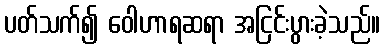
ပတ်သက်၍ ဝေါဟာရဆရာ အငြင်းပွားခဲ့သည်။